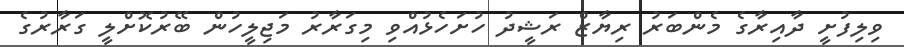
ވިލިފުށީ ދާއިރާގެ މެންބަރު ރިޔާޒް ރަޝީދު ހުށަހެޅުއްވި މިގަރާރު މަޖިލީހުން ބޭރުކޮށްލީ ގަރާރުގެ